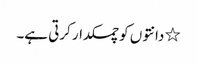
٭ دانتوں کو چمکدار کرتی ہے۔